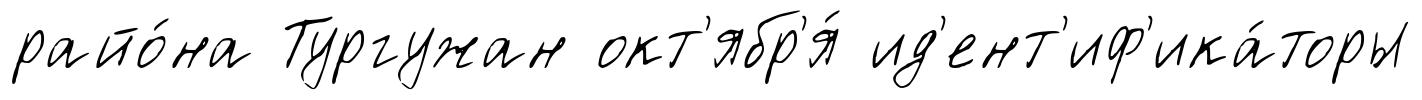
райо́на Тургужан окт'ябр'я́ ид'ент'иф'ика́торы